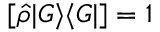
[ \hat { \rho } | G \rangle \langle G | ] = 1